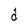
Character: d